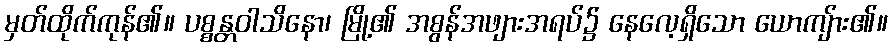
မှတ်ထိုက်ကုန်၏။ ပစ္စန္တဝါသိနော၊ မြို့၏ အစွန်အဖျားအရပ်၌ နေလေ့ရှိသော ယောကျ်ား၏။